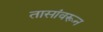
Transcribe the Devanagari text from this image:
तासांवरून